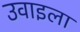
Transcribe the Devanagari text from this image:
उवाइला